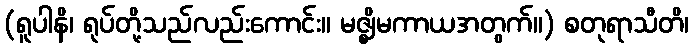
(ရူပါနိ၊ ရုပ်တို့သည်လည်းကောင်း။ မဇ္ဈိမကာယအတွက်။) စတုရာသီတိ၊